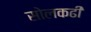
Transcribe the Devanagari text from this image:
सोलकढी